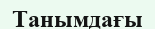
Танымдағы